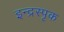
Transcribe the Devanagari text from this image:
इन्द्रस्पृक